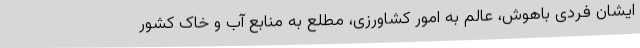
ایشان فردی باهوش، عالم به امور کشاورزی، مطلع به منابع آب و خاک کشور